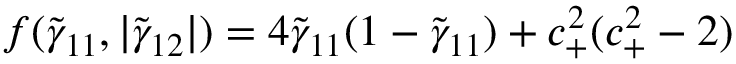
f ( \tilde { \gamma } _ { 1 1 } , | \tilde { \gamma } _ { 1 2 } | ) = 4 \tilde { \gamma } _ { 1 1 } ( 1 - \tilde { \gamma } _ { 1 1 } ) + c _ { + } ^ { 2 } ( c _ { + } ^ { 2 } - 2 )